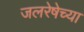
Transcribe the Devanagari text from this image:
जलरेषेच्या